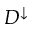
D ^ { \downarrow }